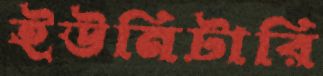
ইউনিটারি